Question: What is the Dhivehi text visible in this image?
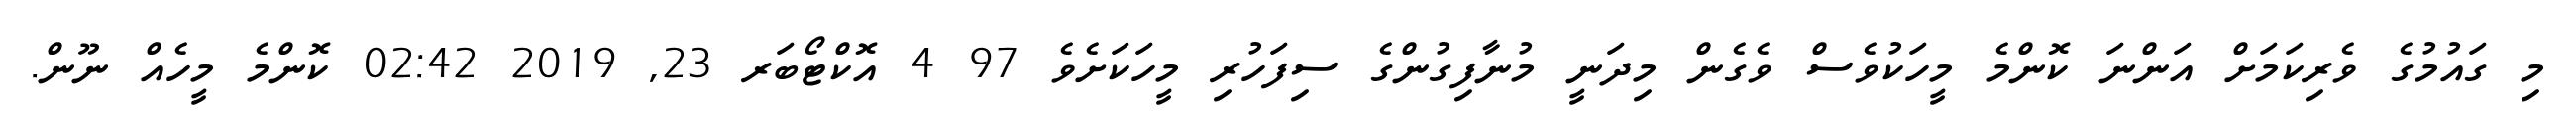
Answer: މި ގައުމުގެ ވެރިކަމަށް އަންނަ ކޮންމެ މީހަކުވެސް ވެގެން މިދަނީ މުނާފިގުންގެ ސިފަހުރި މީހަކަށެވެ 97 4 އޮކްޓޯބަރ 23, 2019 02:42 ކޮންމެ މީހެއް ނޫން.